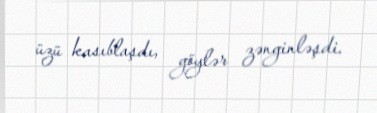
üzü kasıblaşdı, göylər zənginləşdi.